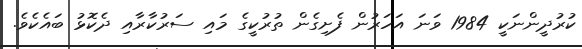
ކުރުދީންނަކީ 1984 ވަނަ އަހަރުން ފެށިގެން ތުރުކީގެ މައި ސަރުކާރާއި ދެކޮޅު ބައެކެވެ.